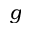
g